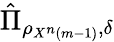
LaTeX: {\hat{\Pi}}_{\rho_{X^{n}\left(m-1\right)},\delta}